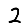
Digit: 2